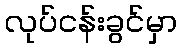
လုပ်ငန်းခွင်မှာ